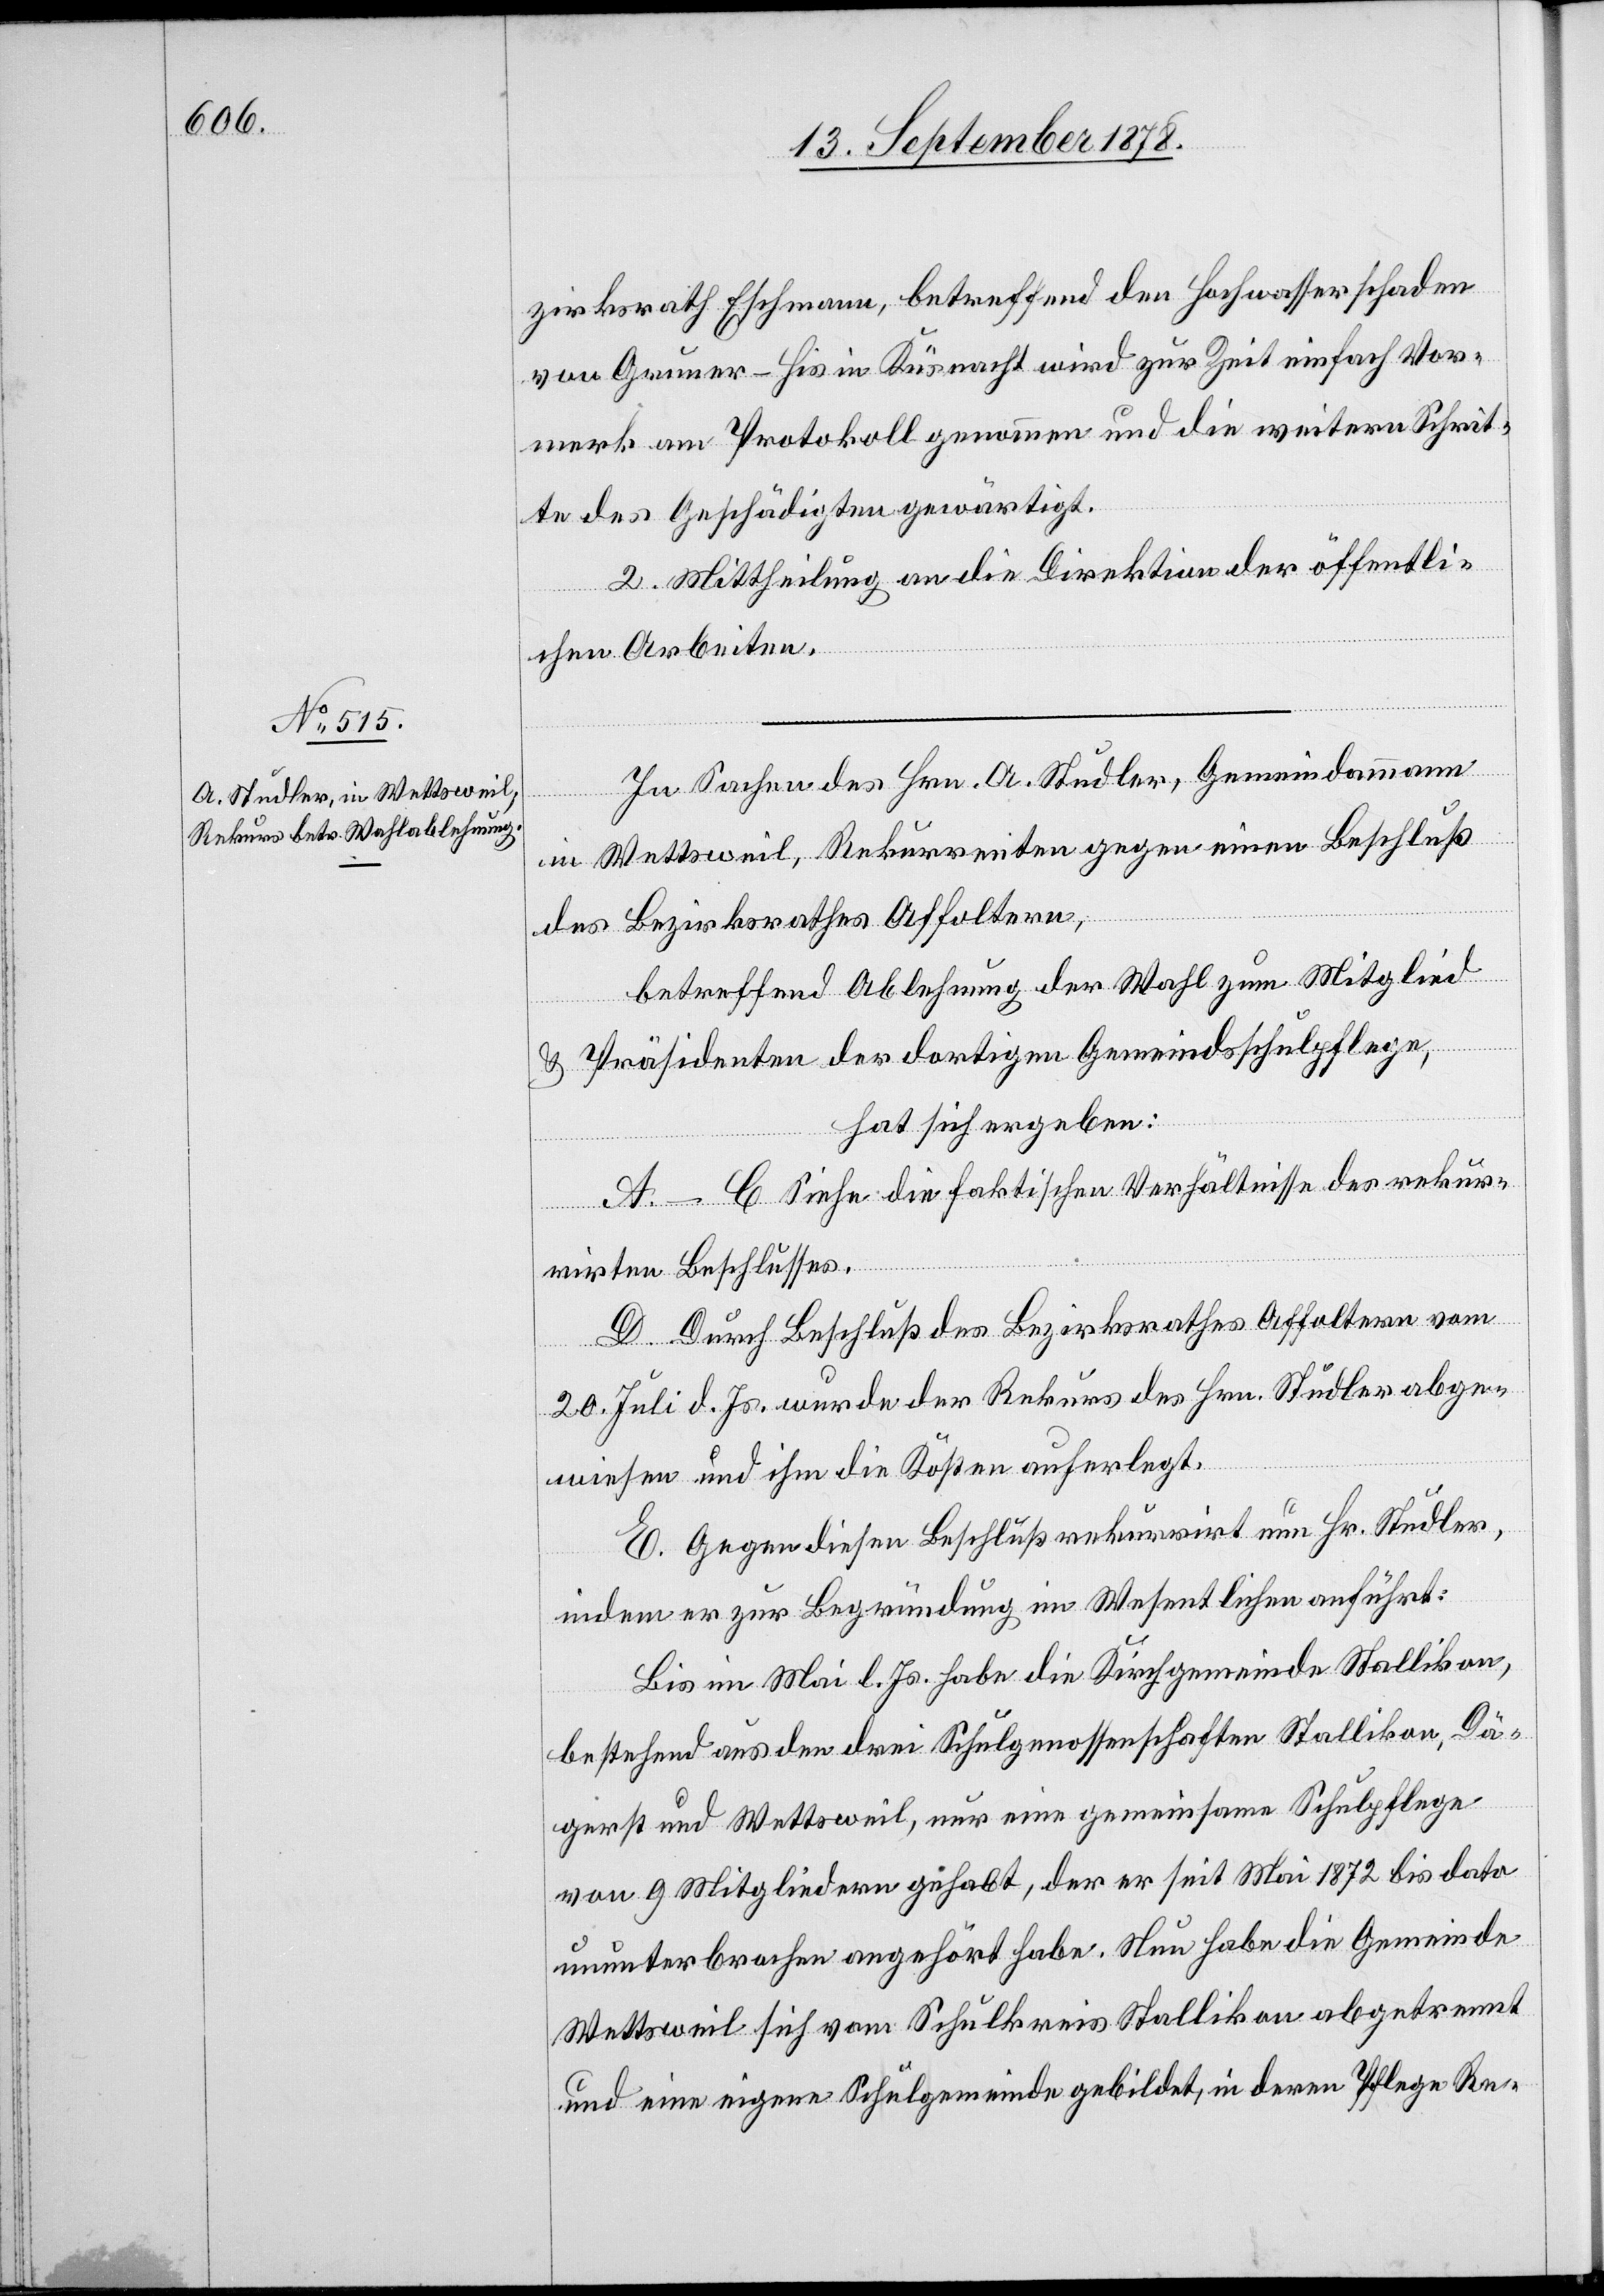
zirksrath Eschmann, betreffend den Hochwasserschaden
von Gunner-His in Küsnacht wird zur Zeit einfach Vor¬
merk am Protokoll genommen und die weitern Schrit¬
te des Geschädigten gewärtigt.
2. Mittheilung an die Direktion der öffentli¬
chen Arbeiten.
In Sachen des Hrn. A. Studler, Gemeindammann
in Wettsweil, Rekurrenten gegen einen Beschluß
des Bezirksrathes Affoltern,
betreffend Ablehnung der Wahl zum Mitglied
& Präsidenten der dortigen Gemeindsschulpflege,
hat sich ergeben:
A–C Siehe die faktischen Verhältnisse des rekur¬
rirten Beschlusses.
D. Durch Beschluß des Bezirksrathes Affoltern vom
20. Juli d. Js. wurde der Rekurs des Hrn. Studler abge¬
wiesen und ihm die Kosten auferlegt.
E. Gegen diesen Beschluß rekurrirt nun Hr. Studler,
indem er zur Begründung im Wesentlichen anführt:
Bis im Mai l. Js. habe die Kirchgemeinde Stallikon,
bestehend aus den drei Schulgenossenschaften Stallikon, Dä¬
gerst und Wettsweil, nur eine gemeinsame Schulpflege
von 9 Mitgliedern gehabt, der er seit Mai 1872 bis dato
ununterbrochen angehört habe. Nun habe die Gemeinde
Wettsweil sich vom Schulkreis Stallikon abgetrennt
und eine eigene Schulgemeinde gebildet, in deren Pflege Re-